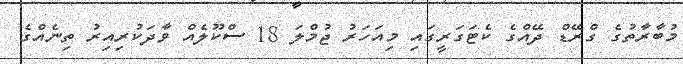
މުބާރާތުގެ ގްރޭޑް ދޭއްގެ ކެޓަގަރީގައި މިއަހަރު ޖުމްލަ 18 ސްކޫލެއް ވާދަކުރިއިރު ތިނެއްގެ